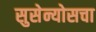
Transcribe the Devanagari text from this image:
सुसेन्योसचा